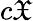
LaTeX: c{\mathfrak{X}}